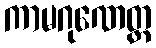
ကာမဂုဏေတ္ထ